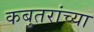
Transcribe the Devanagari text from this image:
कबुतरांच्या